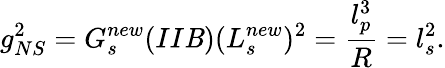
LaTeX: g_{NS}^{2}=G_{s}^{new}(II\mathit{B})(L_{s}^{new})^{2}=\frac{{l_{p}^{3}}}{{R}}=l_{s}^{2}.